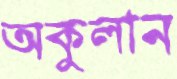
অকুলান